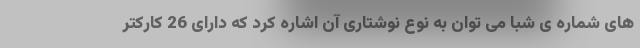
های شماره ی شبا می توان به نوع نوشتاری آن اشاره کرد که دارای 26 کارکتر